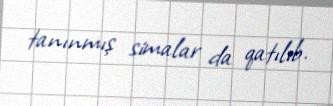
tanınmış simalar da qatılıb.